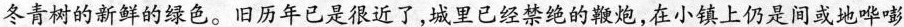
冬青树的新鲜的绿色。旧历年已是很近了，城里已经禁绝的鞭炮，在小镇上仍是间或地哔嘭